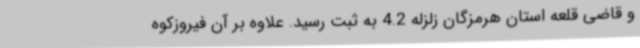
و قاضی قلعه استان هرمزگان زلزله 4.2 به ثبت رسید. علاوه بر آن فیروزکوه